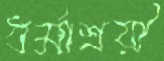
ধর্মাশ্রয়ী